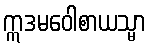
ဣဒမဝေါစာယသ္မာ